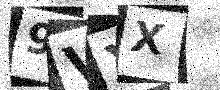
Text: 9VXX